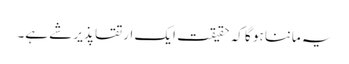
یہ ماننا ہو گا کہ حقیقت ایک ارتقا پذیر شے ہے۔